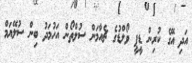
އަދި އޭގެ ކުރިން ޑީޕީ ވޯލްޑުގެ ޗެއާމަން ސުލްތޯން އަހުމަދު ބިން ސުލޭޔަމް